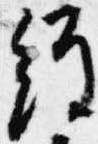
経